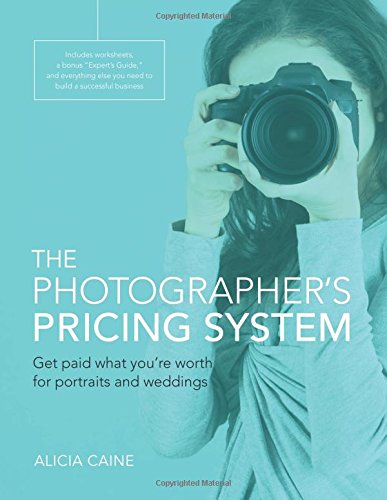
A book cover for The Photographer's Pricing System: Get paid what you're worth for portraits and weddings; Alicia Caine; Crafts, Hobbies & Home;